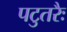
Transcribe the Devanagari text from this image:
पटुतरैः